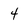
Character: 4